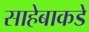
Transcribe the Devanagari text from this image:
साहेबाकडे